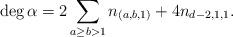
LaTeX: \begin{align*} \deg \alpha = 2 \sum_{a \geq b > 1}^{}n_{(a,b,1)} + 4n_{d-2,1,1}. \end{align*}